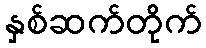
နှစ်ဆက်တိုက်